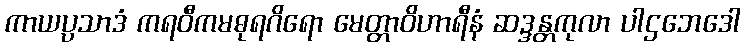
ကာယပ္ပသာဒံ ကရဝီကမဓုရဂိရော မေတ္တာဝိဟာရီနံ ဆဒ္ဒန္တကုလာ ပါဌဘေဒေါ